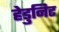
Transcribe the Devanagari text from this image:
हेडुनिट